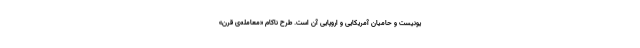
یونیست و حامیان آمریکایی و اروپایی آن است. طرح ناکام «معامله‌ی قرن»